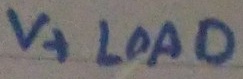
Text: V+ LOAD